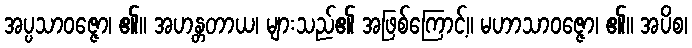
အပ္ပသာဝဇ္ဇော၊ ၏။ အဟန္တတာယ၊ များသည်၏ အဖြစ်ကြောင့်။ မဟာသာဝဇ္ဇော၊ ၏။ အပိစ၊